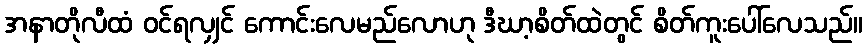
အနာတိုလီထံ ဝင်ရလျှင် ကောင်းလေမည်လောဟု ဒီဃာ့စိတ်ထဲတွင် စိတ်ကူးပေါ်လေသည်။